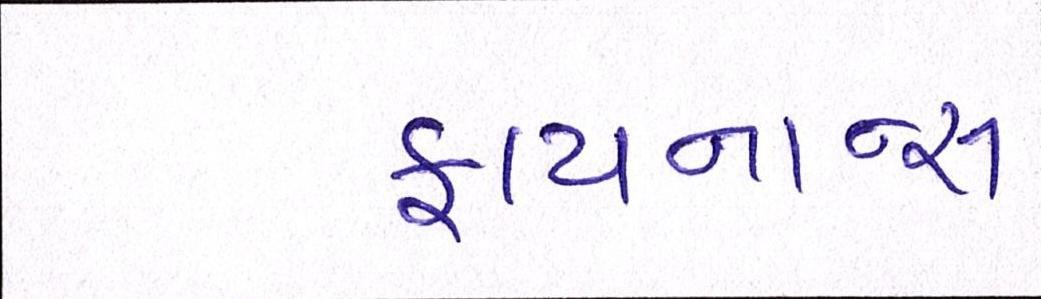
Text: ફાયનાન્સ